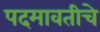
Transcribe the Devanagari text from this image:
पदमावतीचे